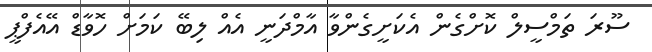
ސޫރަ ތަމްސީލް ކޮށްގެން އެކަށީގެންވާ އާމްދަނީ އެއް ލިބޭ ކަމަށް ހޮވާޑް އޭއެފްޕީ